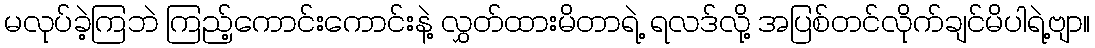
မလုပ်ခဲ့ကြဘဲ ကြည့်ကောင်းကောင်းနဲ့ လွှတ်ထားမိတာရဲ့ ရလဒ်လို့ အပြစ်တင်လိုက်ချင်မိပါရဲ့ဗျာ။